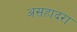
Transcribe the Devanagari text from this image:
असहादरा